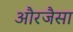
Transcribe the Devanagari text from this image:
औरजैसा